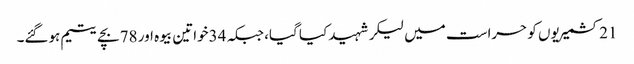
21کشمیریوں کو حراست میں لیکر شہید کیا گیا، جبکہ 34خواتین بیوہ اور 78بچے یتیم ہوگئے۔